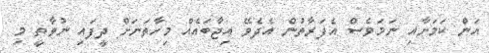
އަން ކަމަށާއި ނަމަވެސް އެފަރާތުން އެދެވޭ އިޖާބައެއް މިހާތަނަށް ދީފައި ނުވާތީ މި